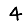
Digit: 4